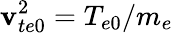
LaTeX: \mathbf{v}_{te0}^{2}=T_{e0}/m_{e}